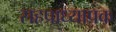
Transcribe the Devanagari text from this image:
सहप्राध्यापक